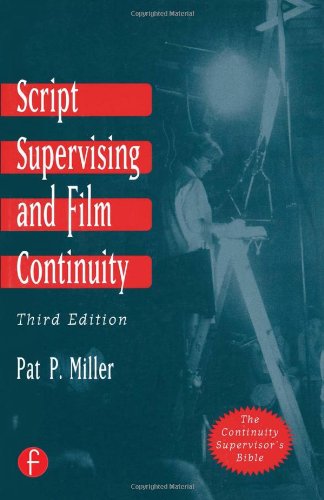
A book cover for Script Supervising and Film Continuity; Pat P Miller; Humor & Entertainment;